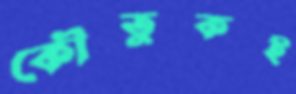
কৌতুকই